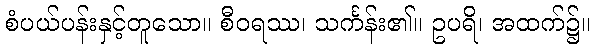
စံပယ်ပန်းနှင့်တူသော။ စီဝရဿ၊ သင်္ကန်း၏။ ဥပရိ၊ အထက်၌။